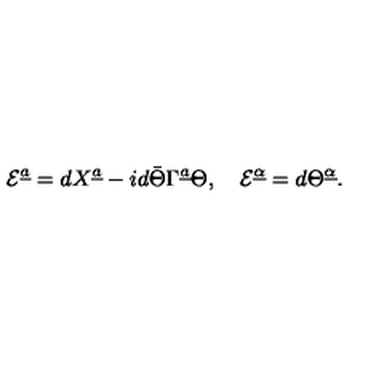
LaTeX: { \cal E } ^ { \underline { a } } = d X ^ { \underline { a } } - i d \bar { \Theta } \Gamma ^ { \underline { a } } \Theta , \quad { \cal E } ^ { \underline { \alpha } } = d \Theta ^ { \underline { \alpha } } .